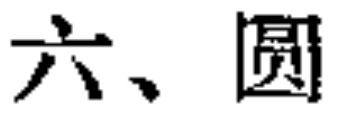
六、圆